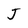
Character: J